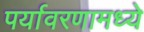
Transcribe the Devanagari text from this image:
पर्यावरणामध्ये